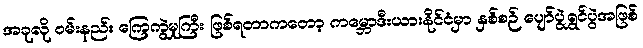
အခုလို ဝမ်းနည်း ကြေကွဲမှုကြီး ဖြစ်ရတာကတော့ ကမ္ဘောဒီးယားနိုင်ငံမှာ နှစ်စဉ် ပျော်ပွဲရွှင်ပွဲအဖြစ်